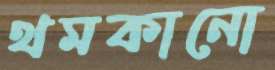
থমকানো